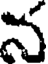
న